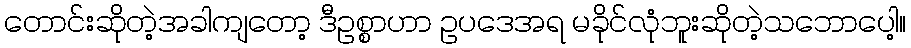
တောင်းဆိုတဲ့အခါကျတော့ ဒီဥစ္စာဟာ ဥပဒေအရ မခိုင်လုံဘူးဆိုတဲ့သဘောပေါ့။